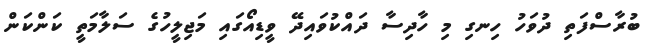
ބުރާސްފަތި ދުވަހު ހިނގި މި ހާދިސާ ދައްކުވައިދޭ ވީޑިއޯގައި މަޖިލީހުގެ ސަލާމަތީ ކަންކަން